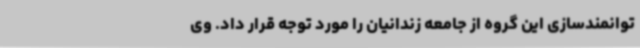
توانمندسازی این گروه از جامعه زندانیان را مورد توجه قرار داد. وی